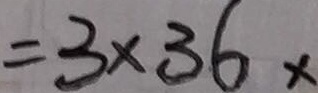
= 3 \times 3 6 x